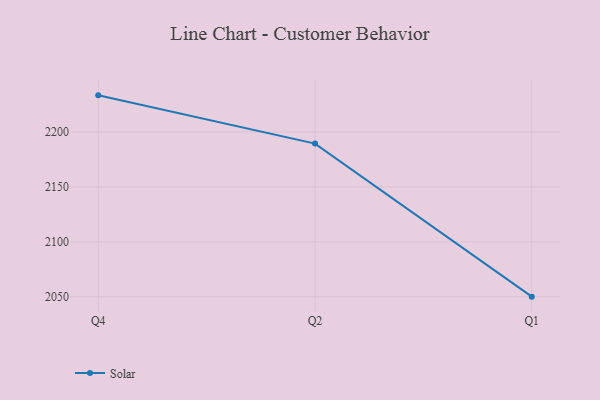
{"axis": {"x": "Quarter", "y": "LTV (USD)"}, "legend": ["Solar"], "data": [{"x": "Q4", "y": 2233.3, "type": "Solar"}, {"x": "Q2", "y": 2189.4, "type": "Solar"}, {"x": "Q1", "y": 2050.2, "type": "Solar"}]}